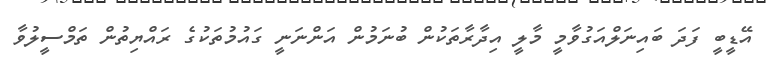
އޭޑީބީ ފަދަ ބައިނަލްއަގުވާމީ މާލީ އިދާރާތަކުން ބުނަމުން އަންނަނީ ގައުމުތަކުގެ ރައްޔިތުން ތަމްސީލުވާ